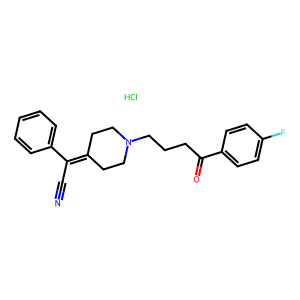
SMILES: Cl.N#CC(=C1CCN(CCCC(=O)c2ccc(F)cc2)CC1)c1ccccc1
Inhibits HIV replication: No